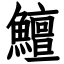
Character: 鱣